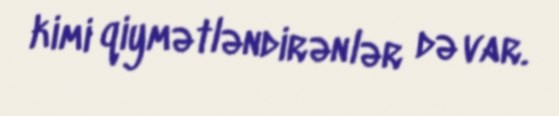
kimi qiymətləndirənlər də var.